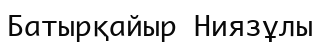
Батырқайыр Ниязұлы